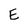
Character: E